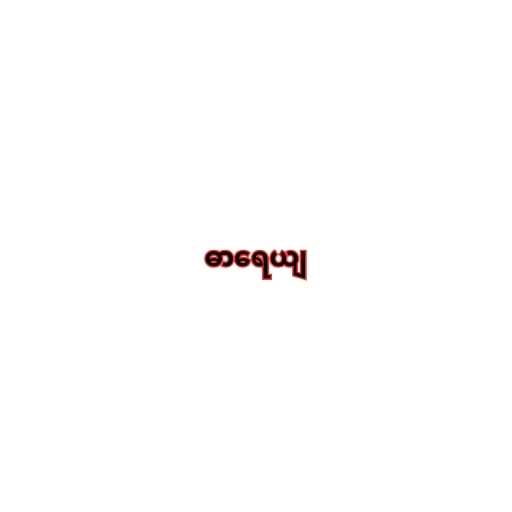
ဓာရေယျ